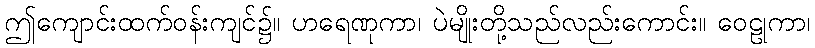
ဤကျောင်းထက်ဝန်းကျင်၌။ ဟရေဏုကာ၊ ပဲမျိုးတို့သည်လည်းကောင်း။ ဝေဠုကာ၊